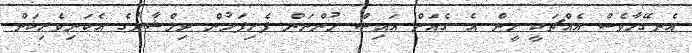
އެނގޭހާވެސް އެއްޗަކީ ހީން އެ ގެއަށް އައިސް ހުންނަން ފެށިފަހުން ދިލްޝާދުގެ އެކަނިވެރިކަން